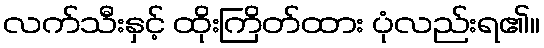
လက်သီးနှင့် ထိုးကြိတ်ထား ပုံလည်းရ၏။